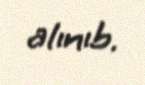
alınıb.